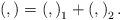
LaTeX: \begin{align*}\left( ,\right) =\left( ,\right) _1+\left( ,\right) _2.\end{align*}